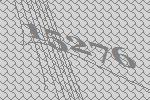
15276